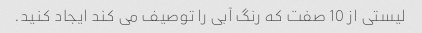
لیستی از 10 صفت که رنگ آبی را توصیف می کند ایجاد کنید.